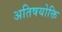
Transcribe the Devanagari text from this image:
अतिषयोक्ति